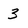
Character: 3